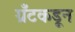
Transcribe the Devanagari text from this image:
ग्रँटकडून